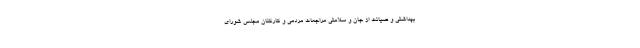
بهداشتی و صیانت از جان و سلامتی مراجعات مردمی و کارکنان مجلس شورای